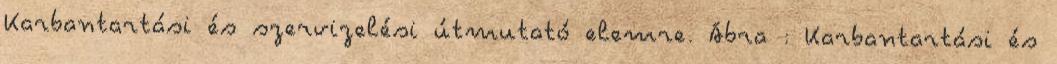
Karbantartási és szervizelési útmutató elemre. Ábra : Karbantartási és